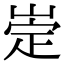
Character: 𡹦